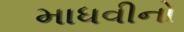
માધવીનો